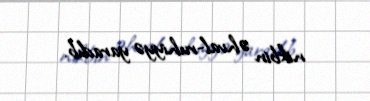
nikbin əhval-ruhiyyə yaradıb.